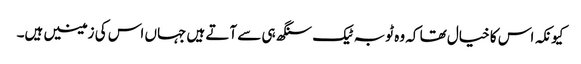
کیونکہ اس کا خیال تھا کہ وہ ٹوبہ ٹیک سنگھ ہی سے آتے ہیں جہاں اس کی زمینیں ہیں۔